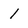
Character: 1